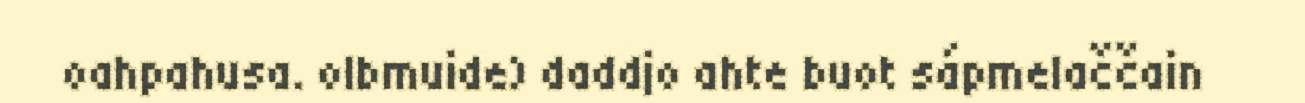
oahpahusa. olbmuide) daddjo ahte buot sápmelaččain